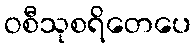
ဝစီသုစရိတေပေ